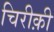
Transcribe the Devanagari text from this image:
चिरीक़ी